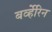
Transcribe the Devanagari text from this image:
बर्व्हेरिन